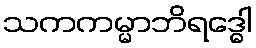
သကကမ္မာဘိရဒ္ဓေါ